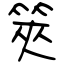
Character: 筴